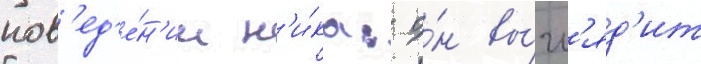
пов'ед'е́н'ии н'и́ка: о́н вы́гл'яд'ит